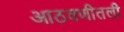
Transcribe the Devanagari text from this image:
आठवणीतली